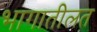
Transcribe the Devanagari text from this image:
भागातीलत